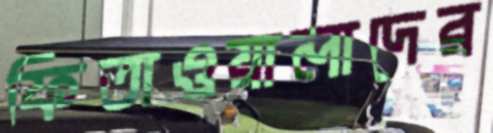
ফিতাওয়ালাদের